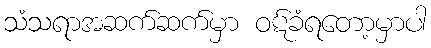
သံသရာအဆက်ဆက်မှာ ဝဋ်ခံရတော့မှာပါ